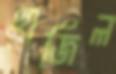
হাজিল